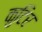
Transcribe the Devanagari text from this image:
कुटिर